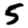
Digit: 5